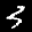
Label: 3